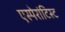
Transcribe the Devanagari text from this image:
एस्पेरांटिस्ट